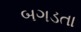
બગડતા